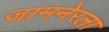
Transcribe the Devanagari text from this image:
जामनेरला